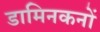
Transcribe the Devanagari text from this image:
डामिनकनों